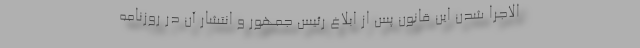
الاجرا شدن این قانون پس از ابلاغ رئیس جمهور و انتشار آن در روزنامه